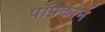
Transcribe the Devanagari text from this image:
पॉपकोर्न